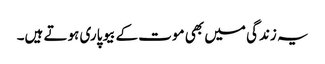
یہ زندگی میں بھی موت کے بیوپاری ہوتے ہیں۔